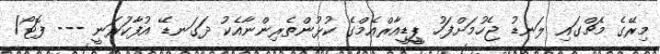
މިރޭގެ މެޗްގައި ލަނޑު ޖެހުމަށްފަހު ޕީީީޑީއާރްއެމްގެ ކުޅުންތެރިންނާއެކު ދަގަނޑޭ އުފާކުަރަނީ --- ފޮޓޯ/